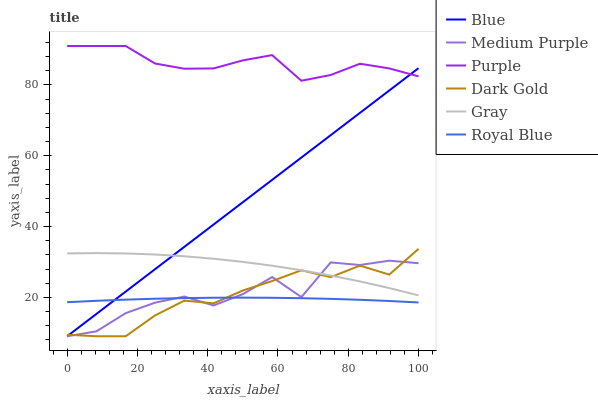
| xaxis_label | Blue | Medium Purple | Purple | Dark Gold | Gray | Royal Blue |
 | --- | --- | --- | --- | --- | --- | --- |
 | 0 | 9 | 9 | 91 | 9.43 | 32.4 | 18.6 |
 | 8.33 | 15.3 | 10.4 | 91 | 9 | 32.5 | 19 |
 | 16.7 | 21.6 | 15.5 | 91 | 9 | 32.4 | 19.3 |
 | 25 | 27.9 | 18.5 | 86.1 | 14.9 | 32.1 | 19.6 |
 | 33.3 | 34.2 | 20.2 | 84.6 | 19.1 | 31.6 | 19.8 |
 | 41.7 | 40.6 | 17.7 | 84.7 | 18.3 | 30.9 | 19.9 |
 | 50 | 46.9 | 20.9 | 86.9 | 21.9 | 30 | 19.9 |
 | 58.3 | 53.2 | 25.7 | 88.4 | 24.6 | 28.9 | 19.9 |
 | 66.7 | 59.5 | 20.1 | 81.2 | 27.6 | 27.6 | 19.8 |
 | 75 | 65.8 | 29.9 | 82.8 | 25.7 | 26.2 | 19.6 |
 | 83.3 | 72.1 | 29.1 | 86 | 29 | 24.5 | 19.3 |
 | 91.7 | 78.4 | 30.4 | 84.7 | 26.4 | 22.6 | 19 |
 | 100 | 84.7 | 29.6 | 82.4 | 33.7 | 20.5 | 18.5 |